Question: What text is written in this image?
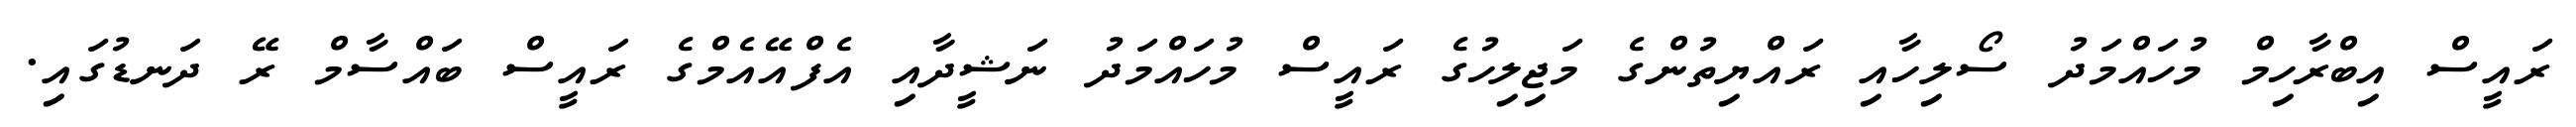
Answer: ރައީސް އިބްރާހިމް މުހައްމަދު ސޯލިހާއި ރައްޔިތުންގެ މަޖިލިހުގެ ރައީސް މުހައްމަދު ނަޝީދާއި އެފްއޭއެމްގެ ރައީސް ބައްސާމް ރޭ ދަނޑުގައި.